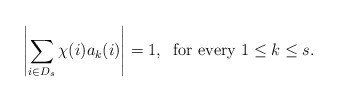
\begin{align*}\left| \sum_{i\in D_s} \chi(i)a_k(i) \right| =1 , \; \mbox{ for every } 1\leq k\leq s.\end{align*}